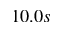
1 0 . 0 s